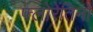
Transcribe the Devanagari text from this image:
फ्लोरेंतिनो